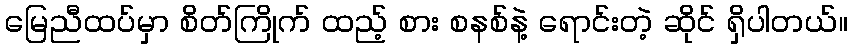
မြေညီထပ်မှာ စိတ်ကြိုက် ထည့် စား စနစ်နဲ့ ရောင်းတဲ့ ဆိုင် ရှိပါတယ်။